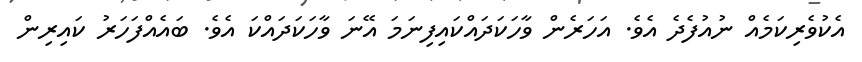
އެކުވެރިކަމެއް ނުއުފެދެ އެވެ. އަހަރެން ވާހަކަދައްކައިފިނަމަ އޭނަ ވާހަކަދައްކަ އެވެ. ބައެއްފަހަރު ކައިރިން